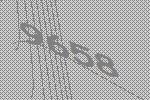
9658